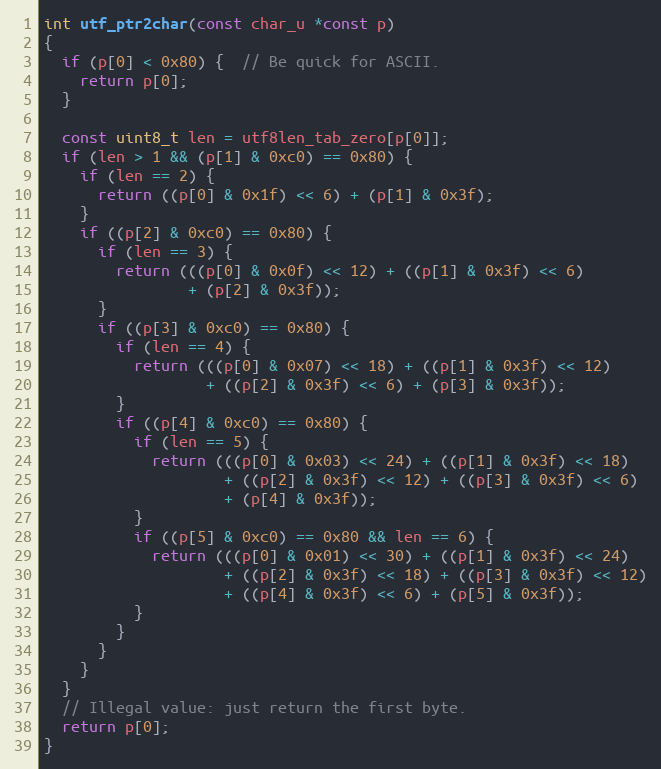
Language: C
int utf_ptr2char(const char_u *const p)
{
  if (p[0] < 0x80) {  // Be quick for ASCII.
    return p[0];
  }

  const uint8_t len = utf8len_tab_zero[p[0]];
  if (len > 1 && (p[1] & 0xc0) == 0x80) {
    if (len == 2) {
      return ((p[0] & 0x1f) << 6) + (p[1] & 0x3f);
    }
    if ((p[2] & 0xc0) == 0x80) {
      if (len == 3) {
        return (((p[0] & 0x0f) << 12) + ((p[1] & 0x3f) << 6)
                + (p[2] & 0x3f));
      }
      if ((p[3] & 0xc0) == 0x80) {
        if (len == 4) {
          return (((p[0] & 0x07) << 18) + ((p[1] & 0x3f) << 12)
                  + ((p[2] & 0x3f) << 6) + (p[3] & 0x3f));
        }
        if ((p[4] & 0xc0) == 0x80) {
          if (len == 5) {
            return (((p[0] & 0x03) << 24) + ((p[1] & 0x3f) << 18)
                    + ((p[2] & 0x3f) << 12) + ((p[3] & 0x3f) << 6)
                    + (p[4] & 0x3f));
          }
          if ((p[5] & 0xc0) == 0x80 && len == 6) {
            return (((p[0] & 0x01) << 30) + ((p[1] & 0x3f) << 24)
                    + ((p[2] & 0x3f) << 18) + ((p[3] & 0x3f) << 12)
                    + ((p[4] & 0x3f) << 6) + (p[5] & 0x3f));
          }
        }
      }
    }
  }
  // Illegal value: just return the first byte.
  return p[0];
}